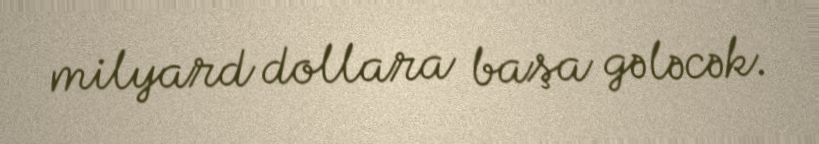
milyard dollara başa gələcək.